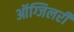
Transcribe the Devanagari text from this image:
ऑग्जिलरी